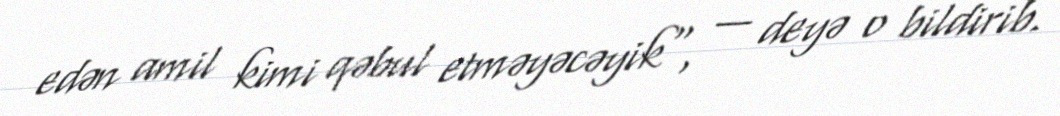
edən amil kimi qəbul etməyəcəyik", — deyə o bildirib.